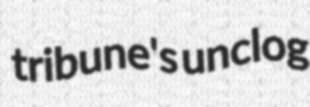
tribune's unclog